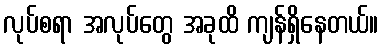
လုပ်စရာ အလုပ်တွေ အခုထိ ကျန်ရှိနေတယ်။